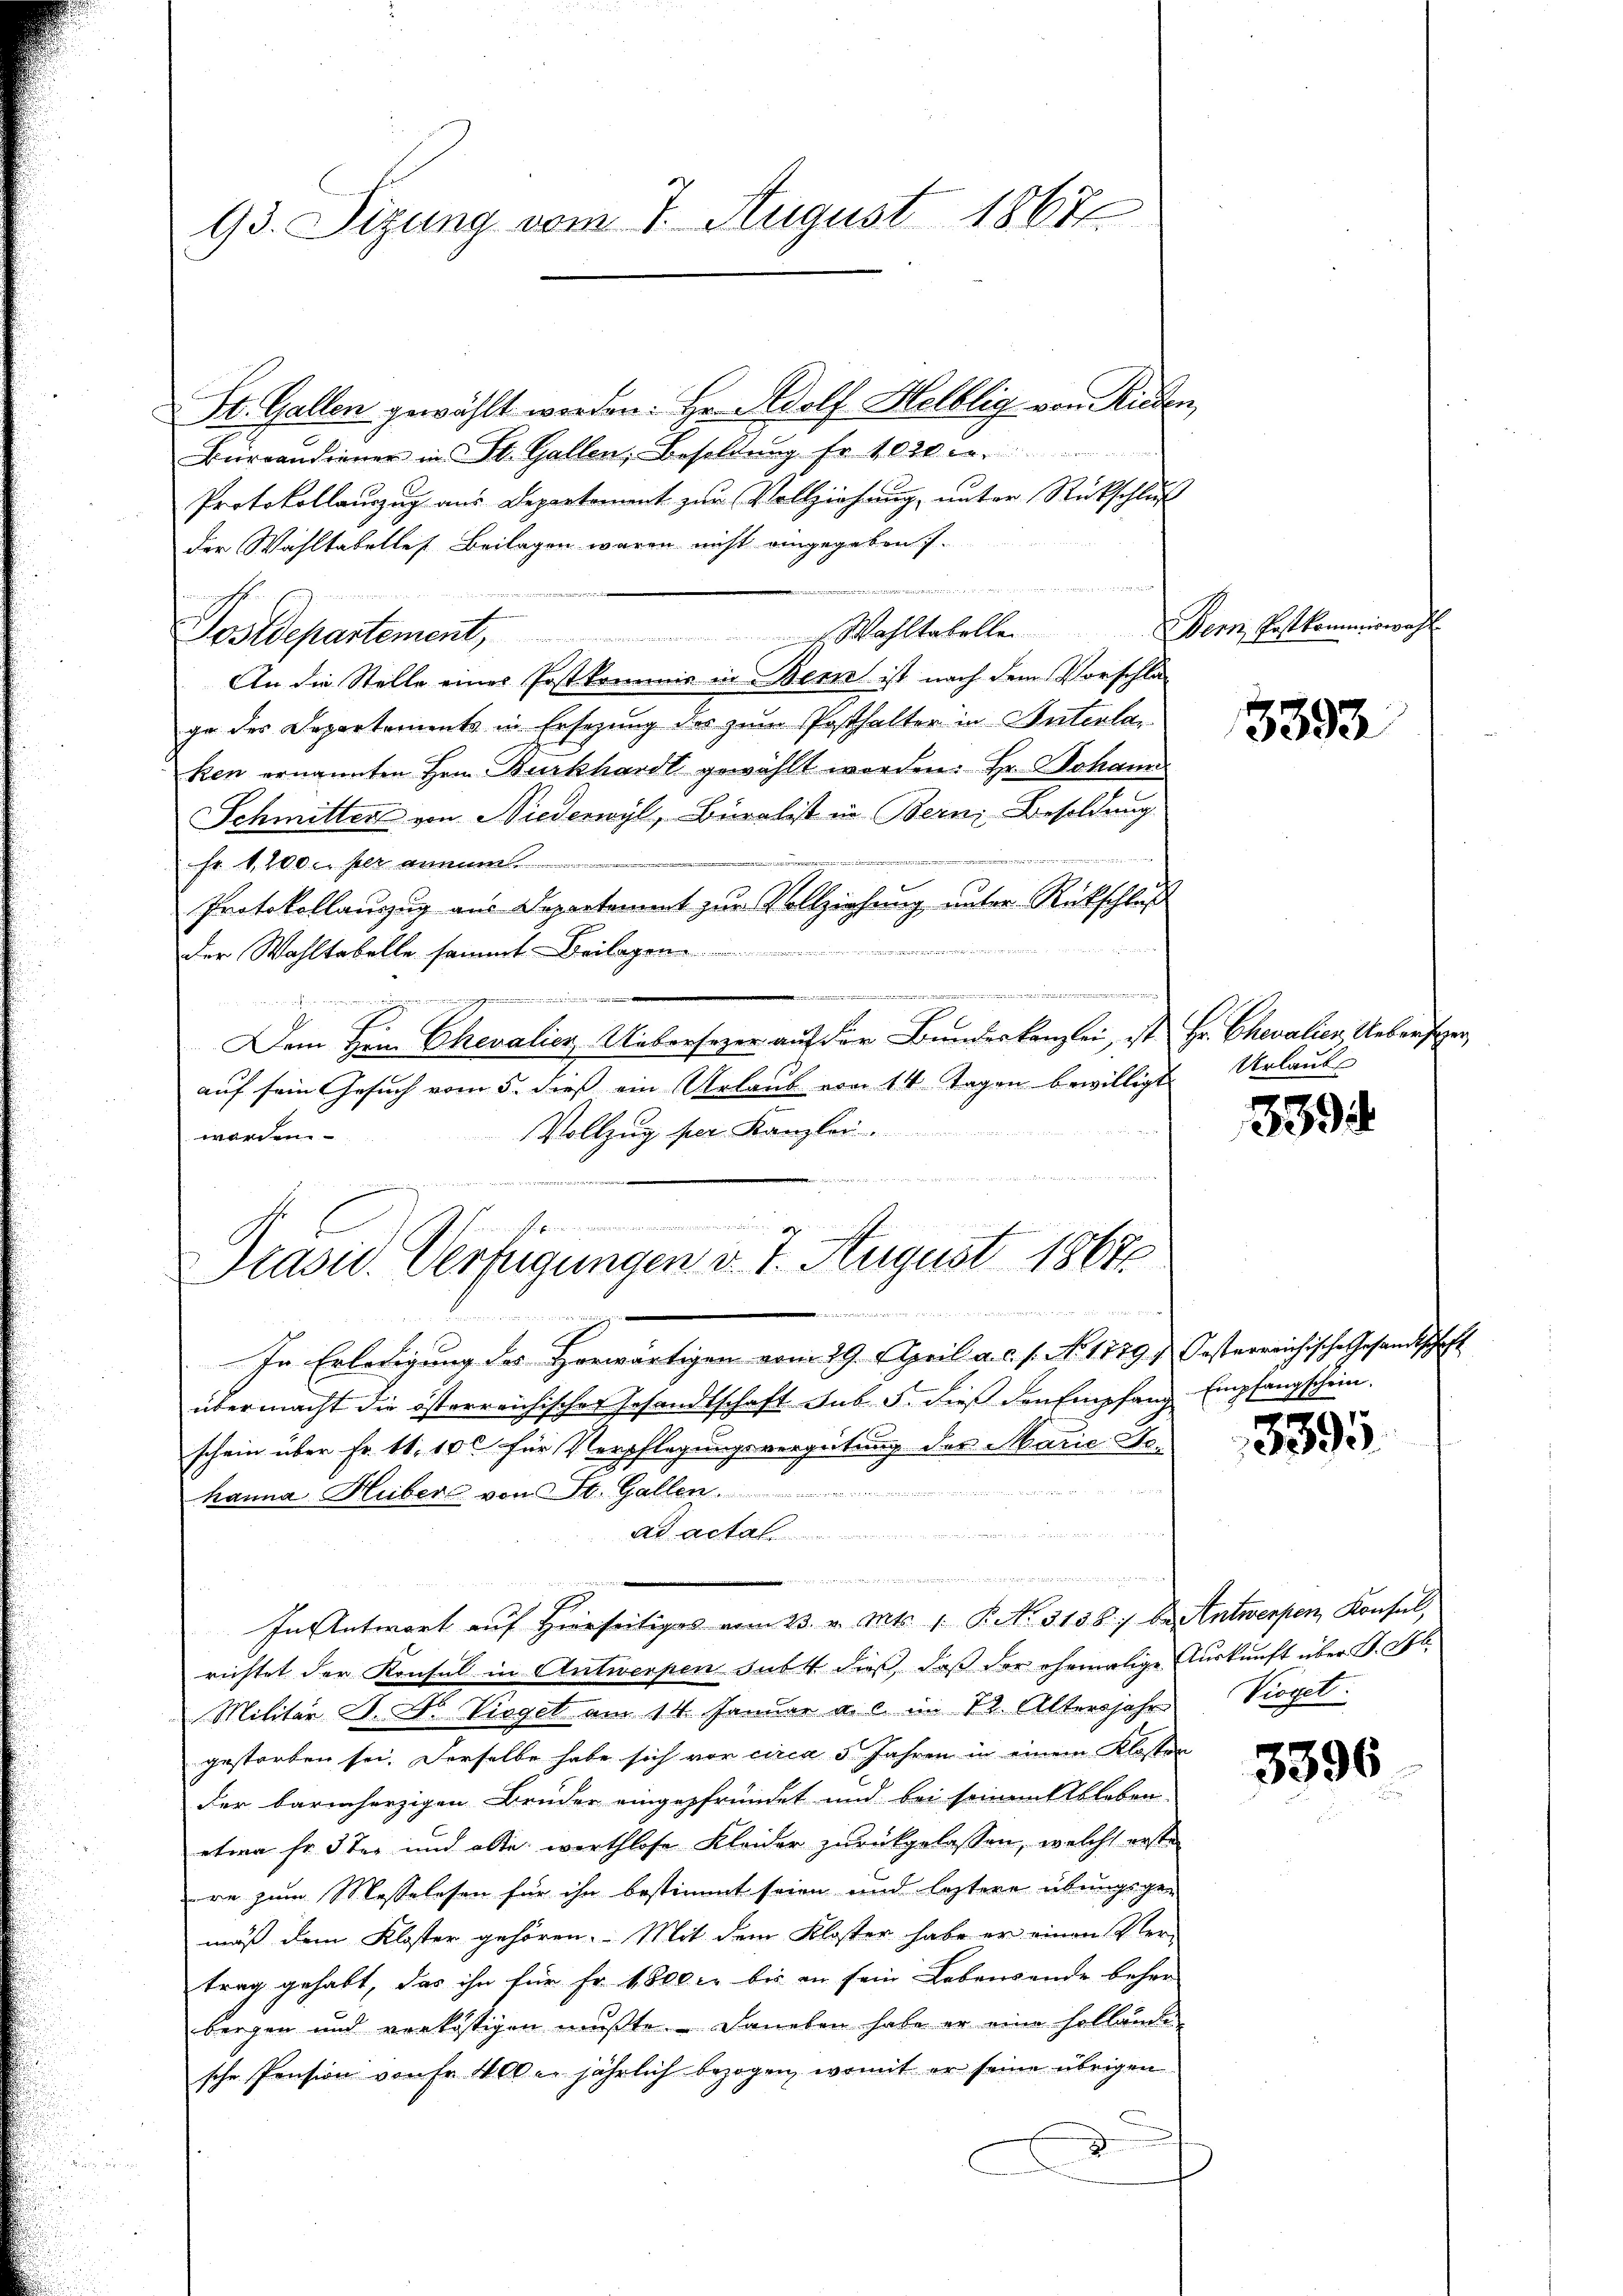
93. Sizung vom 7. August 18676

St. Gallen gewählt werden: Hr. Adolf Helblig von Rieden
Büreaudiener in St. Gallen, Besoldung fr. 1020
Protokollauszug aus Departement zur Vollziehung, unter Rückschluß
der Wahltabelles. Beilagen waren nicht eingegeben s.
............
.
Postdepartement Wahltabelle. Bern Postkommiswah
An die Stelle einer Postkommis in Bern ist nach dem Vorschläge des Departements in Ersezung der zum Posthalter in Interlan
ken ernannten Hern Burkhardt gewählt worden. Hr. Johann
Schmitter von Niederwyl, Buralist in Bern Besoldung
Fr. 1,200 m her anmum.
Protokollauzug aus Departement zur Vollziehung unter Rückschluß

der Wahltabelle sammt Beilagen
u
wen e
Dem Herr Chevalier Uebersezer auf der Bundeskanzlei, ist Hr. Chevalien Ueberseer
auf sein Gesuch vom 5. dieß ein Urlaub von 14 Tagen bewilligt
Vollzug per Kanzlei.
worden.

ischen in einen en an einer
Präsid. Verfügungen d. 1. August 1867

In Erledigung des Horwärtigen vom 29. April a. c. s. No. 1779 s. Gesterreichische Gesandtschaft
übermacht die österreichischer Gesandtschaft sub 5. dieß den Empfang Empfangschein.
schein über Fr. 11, 10 für Verpflegungsvergütung der Marie Ge-
hanna Huber von St. Gallen

In Antwort auf Hierseitiges vom 23. v. Mts. 1. P. Nr. 3158) beantwerpen, Konsulrichtet der Konsul in Antwerpen subst dieß, daß der ehemalige Auskunft über S. ob
Militär S. Nr. Viegel am 14. Januar a. c. im 12. Altersjahr, Viget.
gestorben sei. Derselbe habe sich vor circa 5 Jahren in einem Klosten
der barmherzigen Bruder eingepfründet und bei sein mit Ableben-
etwa fr. 3 ten und alte werthlose Kleider zurückgelassen, welche erste
re zum Masselesen für ihn bestimmt seien und leztere übungsge-
mäß dem Kloster gehören. Mit dem Kloster habe er einen Ver-
trag gehabt, das ihn für Fr. 1 Oeler bis an sein Lebensende beher
bergen und verköstigen mußte. Daneben habe er eine Hollände
sche Pension von Fr. 400 er jährlich bezogen, womit er seine übrigen
d
A

3393

Urlaut

339

339

3396